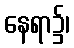
နေရာ၌၊